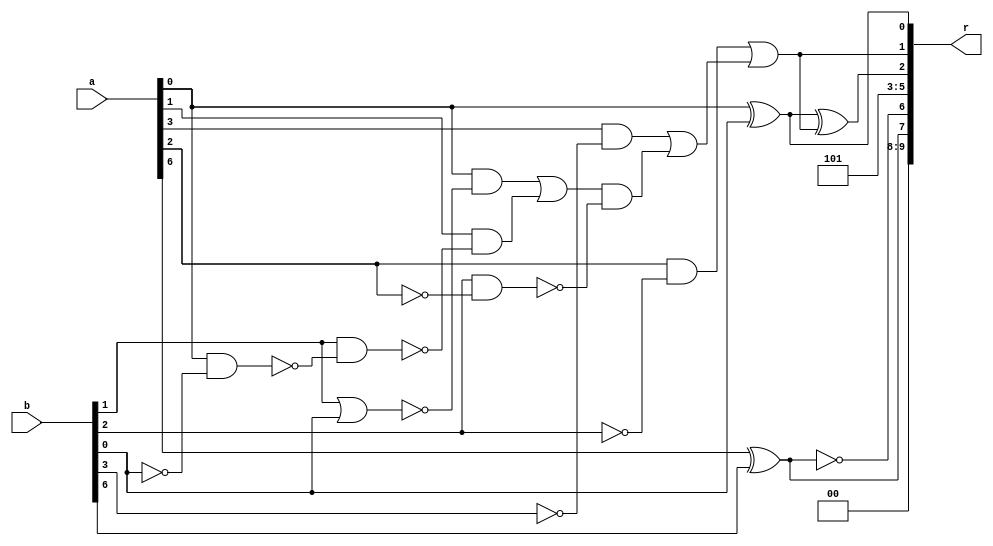
/* Generated by Yosys 0.9+4052 (git sha1 a5adb007, gcc 9.3.0-17ubuntu1~20.04 -fPIC -Os) */

module circ(a, b, r);
  wire _00_;
  wire _01_;
  wire _02_;
  wire _03_;
  wire _04_;
  wire _05_;
  wire _06_;
  wire _07_;
  wire _08_;
  wire _09_;
  wire _10_;
  wire \U0.U0.DUT2.out1 ;
  wire \U0.U1.DUT1.k0 ;
  wire \U0.po00 ;
  wire \U0.po01 ;
  wire \U0.po07 ;
  input [9:0] a;
  input [9:0] b;
  output [9:0] r;
  assign \U0.po07  = a[6] ^ b[6];
  assign \U0.U1.DUT1.k0  = ~\U0.po07 ;
  assign _00_ = a[0] & ~(b[0]);
  assign _01_ = b[1] & ~(_00_);
  assign _02_ = a[1] & ~(_01_);
  assign _03_ = b[1] | b[0];
  assign _04_ = a[0] & ~(_03_);
  assign _05_ = _04_ | _02_;
  assign _06_ = b[2] & ~(a[2]);
  assign _07_ = _05_ & ~(_06_);
  assign _08_ = a[3] & ~(b[3]);
  assign _09_ = _08_ | _07_;
  assign _10_ = a[2] & ~(b[2]);
  assign \U0.po01  = _10_ | _09_;
  assign \U0.po00  = a[0] ^ b[0];
  assign \U0.U0.DUT2.out1  = \U0.po00  ^ \U0.po01 ;
  assign r = { 2'h0, \U0.po07 , \U0.U1.DUT1.k0 , 3'h5, \U0.U0.DUT2.out1 , \U0.po01 , \U0.po00  };
endmodule